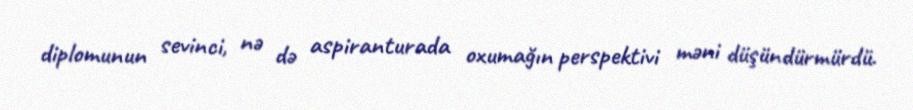
diplomunun sevinci, nə də aspiranturada oxumağın perspektivi məni düşündürmürdü.